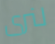
لنرى